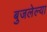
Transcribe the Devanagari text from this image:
बुजलेल्या